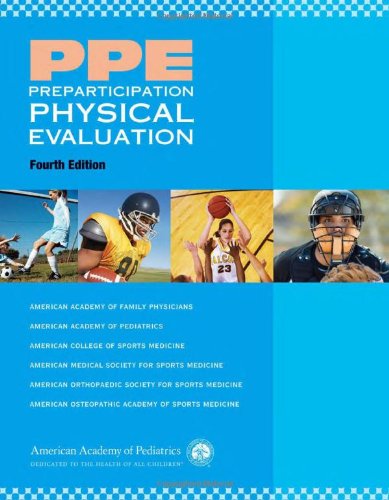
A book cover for PPE Preparticipation Physical Evaluation (AAP, PPE- Preparticipation Physical Evaluation); American Academy of Family Physicians; Medical Books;